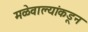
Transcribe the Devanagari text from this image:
मळेवाल्यांकडून